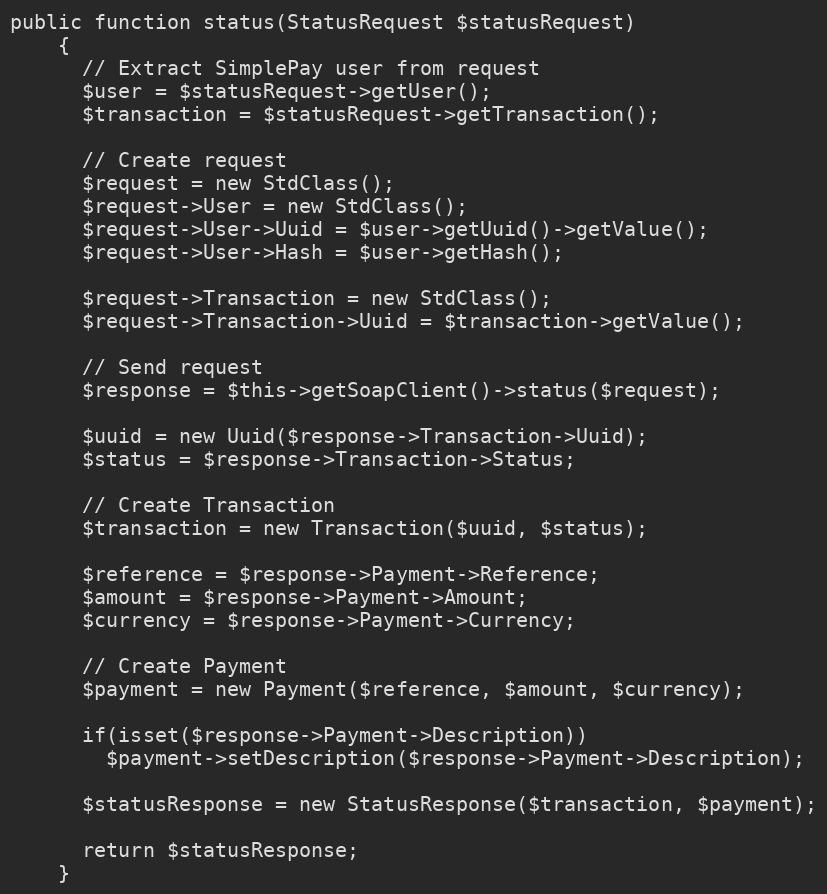
Language: PHP
public function status(StatusRequest $statusRequest)
    {
      // Extract SimplePay user from request
      $user = $statusRequest->getUser();
      $transaction = $statusRequest->getTransaction();

      // Create request
      $request = new StdClass();
      $request->User = new StdClass();
      $request->User->Uuid = $user->getUuid()->getValue();
      $request->User->Hash = $user->getHash();

      $request->Transaction = new StdClass();
      $request->Transaction->Uuid = $transaction->getValue();

      // Send request
      $response = $this->getSoapClient()->status($request);

      $uuid = new Uuid($response->Transaction->Uuid);
      $status = $response->Transaction->Status;

      // Create Transaction
      $transaction = new Transaction($uuid, $status);

      $reference = $response->Payment->Reference;
      $amount = $response->Payment->Amount;
      $currency = $response->Payment->Currency;

      // Create Payment
      $payment = new Payment($reference, $amount, $currency);

      if(isset($response->Payment->Description))
        $payment->setDescription($response->Payment->Description);

      $statusResponse = new StatusResponse($transaction, $payment);

      return $statusResponse;
    }